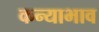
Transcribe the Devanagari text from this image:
कन्याभाव